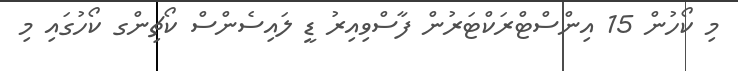
މި ކޯހުން 15 އިންސްޓްރަކްޓަރުން ފާސްވިއިރު ޑީ ލައިސެންސް ކޯޗިންގ ކޯހުގައި މި